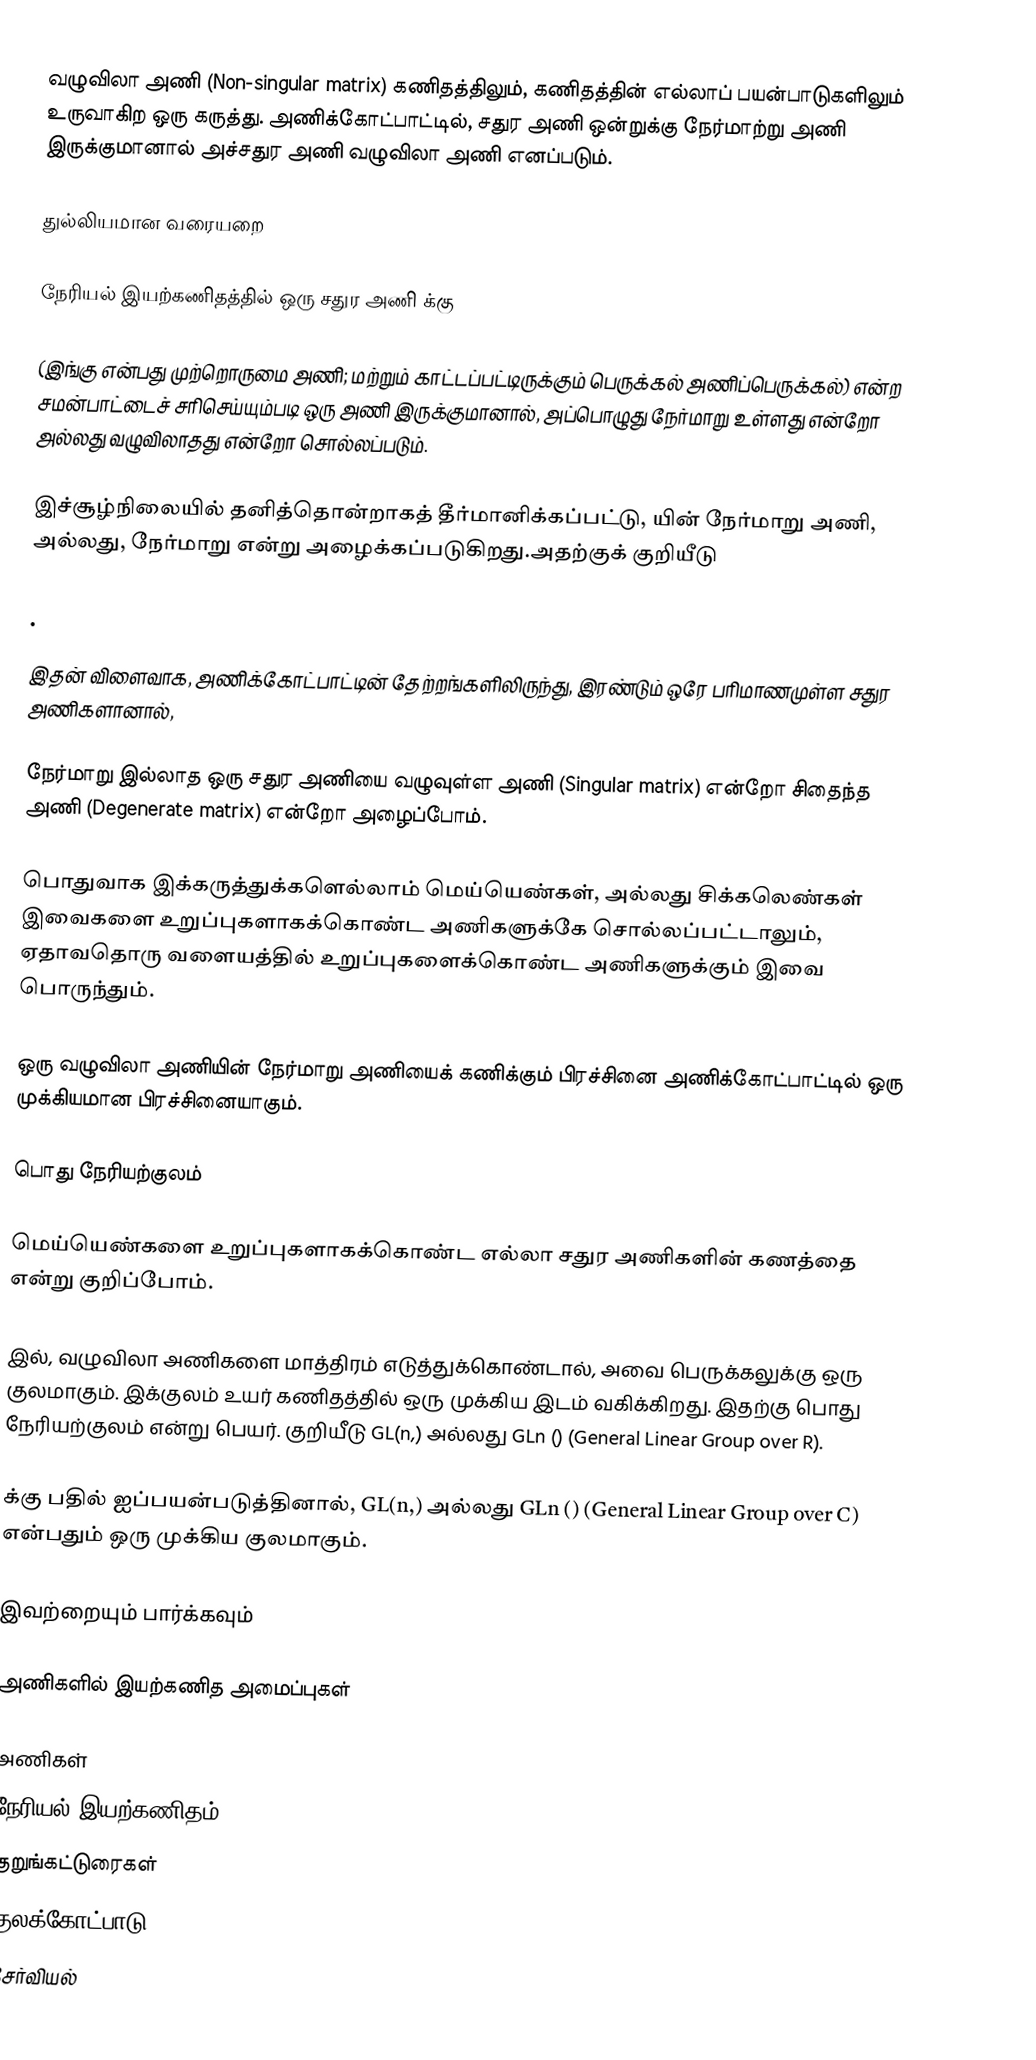
வழுவிலா அணி (Non-singular matrix) கணிதத்திலும், கணிதத்தின் எல்லாப் பயன்பாடுகளிலும் உருவாகிற ஒரு கருத்து. அணிக்கோட்பாட்டில், சதுர அணி ஒன்றுக்கு  நேர்மாற்று அணி இருக்குமானால் அச்சதுர அணி வழுவிலா அணி எனப்படும்.

துல்லியமான வரையறை

நேரியல் இயற்கணிதத்தில் ஒரு   சதுர அணி   க்கு

  (இங்கு   என்பது   முற்றொருமை அணி; மற்றும் காட்டப்பட்டிருக்கும் பெருக்கல் அணிப்பெருக்கல்) என்ற சமன்பாட்டைச் சரிசெய்யும்படி ஒரு   அணி   இருக்குமானால், அப்பொழுது    நேர்மாறு உள்ளது என்றோ அல்லது வழுவிலாதது என்றோ சொல்லப்படும்.

இச்சூழ்நிலையில்  தனித்தொன்றாகத் தீர்மானிக்கப்பட்டு,  யின் நேர்மாறு அணி, அல்லது, நேர்மாறு என்று அழைக்கப்படுகிறது.அதற்குக் குறியீடு

.

இதன் விளைவாக, அணிக்கோட்பாட்டின் தேற்றங்களிலிருந்து,  இரண்டும் ஒரே பரிமாணமுள்ள சதுர அணிகளானால்,

நேர்மாறு இல்லாத ஒரு சதுர அணியை வழுவுள்ள அணி (Singular matrix) என்றோ சிதைந்த அணி (Degenerate matrix) என்றோ அழைப்போம்.

பொதுவாக இக்கருத்துக்களெல்லாம் மெய்யெண்கள், அல்லது சிக்கலெண்கள் இவைகளை உறுப்புகளாகக்கொண்ட அணிகளுக்கே சொல்லப்பட்டாலும், ஏதாவதொரு வளையத்தில் உறுப்புகளைக்கொண்ட அணிகளுக்கும் இவை பொருந்தும்.

ஒரு வழுவிலா அணியின் நேர்மாறு அணியைக் கணிக்கும் பிரச்சினை அணிக்கோட்பாட்டில் ஒரு முக்கியமான பிரச்சினையாகும்.

பொது நேரியற்குலம்

மெய்யெண்களை உறுப்புகளாகக்கொண்ட எல்லா   சதுர அணிகளின் கணத்தை  என்று குறிப்போம்.

  இல், வழுவிலா அணிகளை மாத்திரம் எடுத்துக்கொண்டால், அவை பெருக்கலுக்கு ஒரு குலமாகும்.  இக்குலம் உயர் கணிதத்தில் ஒரு முக்கிய இடம் வகிக்கிறது. இதற்கு  பொது நேரியற்குலம் என்று பெயர். குறியீடு GL(n,) அல்லது GLn () (General Linear Group over R).

 க்கு பதில்    ஐப்பயன்படுத்தினால், GL(n,) அல்லது GLn () (General Linear Group over C) என்பதும் ஒரு முக்கிய குலமாகும்.

இவற்றையும் பார்க்கவும்

அணிகளில் இயற்கணித அமைப்புகள்

அணிகள்
நேரியல் இயற்கணிதம்
குறுங்கட்டுரைகள்
குலக்கோட்பாடு
சேர்வியல்